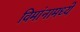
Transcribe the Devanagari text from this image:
विमांनामध्ये